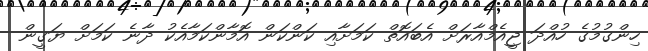
ހިންގުމުގެ ހުއްދަ ޖީއެމްއާރަށް އެބައޮތް ކަމަށާއި ކަންކަން އޮމާންކަމާއެކު ދާނެ ކަމަށް ޔަގީން